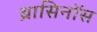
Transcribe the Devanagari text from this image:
ब्रासिनॉस